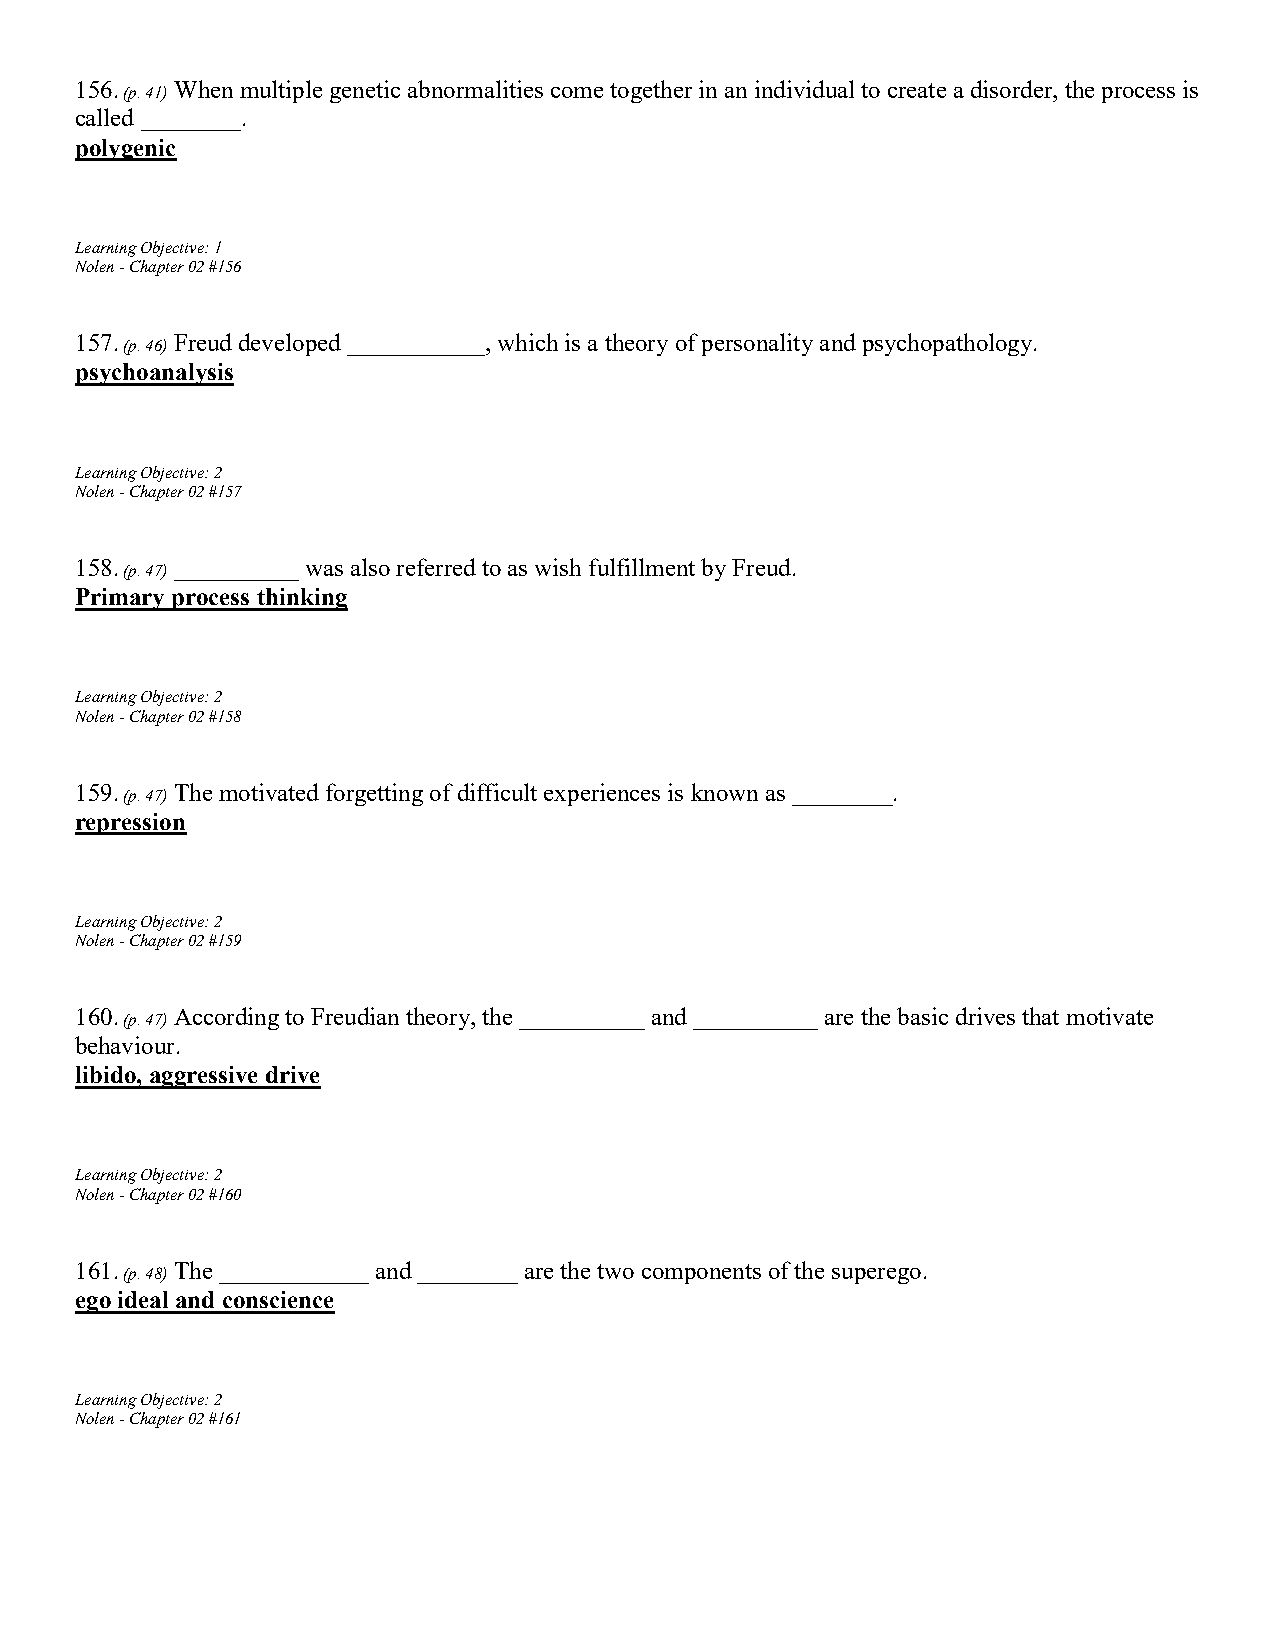
156.   When multiple genetic abnormalities come together in an individual to create a disorder, the process is
 (p. 41)
 called ________.
 polygenic
 Learning Objective: 1
 Nolen - Chapter 02 #156
 157.   Freud developed ___________, which is a theory of personality and psychopathology.
 (p. 46)
 psychoanalysis
 Learning Objective: 2
 Nolen - Chapter 02 #157
 158.   __________ was also referred to as wish fulfillment by Freud.
 (p. 47)
 Primary process thinking
 Learning Objective: 2
 Nolen - Chapter 02 #158
 159.   The motivated forgetting of difficult experiences is known as ________.
 (p. 47)
 repression
 Learning Objective: 2
 Nolen - Chapter 02 #159
 160.   According to Freudian theory, the __________ and __________ are the basic drives that motivate
 (p. 47)
 behaviour.
 libido, aggressive drive
 Learning Objective: 2
 Nolen - Chapter 02 #160
 161.   The ____________ and ________ are the two components of the superego.
 (p. 48)
 ego ideal and conscience
 Learning Objective: 2
 Nolen - Chapter 02 #161